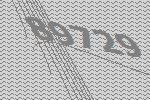
89729